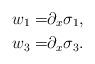
LaTeX: \begin{align*}w_1 = & \partial_x \sigma_1, \\w_3 = & \partial_x \sigma_3. \end{align*}